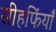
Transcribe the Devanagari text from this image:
सीहफिंयाँ